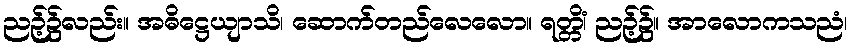
ညဉ့်၌လည်း။ အဓိဋ္ဌေယျာသိ၊ ဆောက်တည်လေလော။ ရတ္တိံ၊ ညဉ့်၌။ အာလောကသညံ၊